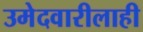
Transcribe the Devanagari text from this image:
उमेदवारीलाही